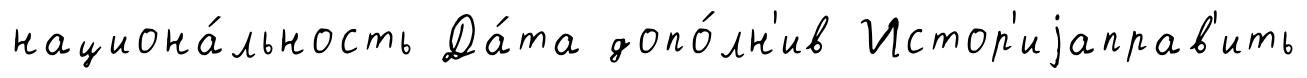
национа́льность Да́та допо́лн'ив Истор'иjаправ'ить